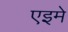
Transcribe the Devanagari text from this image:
एइमे